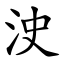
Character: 㳏